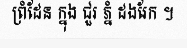
ព្រំដែន ក្នុង ជួរ ភ្នំ ដងរែក ។